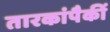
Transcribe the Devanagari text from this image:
तारकांपैकीं